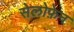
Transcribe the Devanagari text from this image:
सेलोफ़ेन